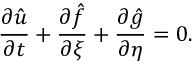
\frac { \partial \hat { u } } { \partial t } + \frac { \partial \hat { f } } { \partial \xi } + \frac { \partial \hat { g } } { \partial \eta } = 0 .